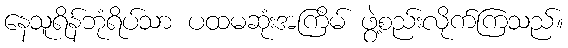
နေသူရိန်ဘုံရိပ်သာ ပထမဆုံးအကြိမ် ဖွဲ့စည်းလိုက်ကြသည်။